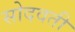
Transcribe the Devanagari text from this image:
सोदवती